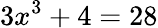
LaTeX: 3x^{3}+4=28